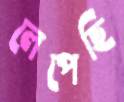
লেপেছি